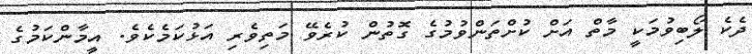
ދެކެ ލޯބިވުމަކީ މާތް އަށް ކުށްތަންވުމުގެ ގޮތުން ކުރެވޭ މަތިވެރި އަޅުކަމެކެވެ. އީމާންކަމުގެ